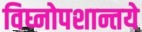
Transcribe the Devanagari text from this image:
विघ्नोपशान्तये